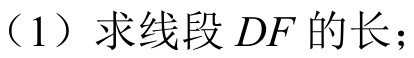
（1）求线段\(DF\)的长；